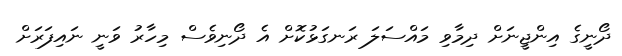
ދޯނީގެ އިންޖީނަށް ދިމާވި މައްސަލަ ރަނގަޅުކޮށް އެ ދޯނިވެސް މިހާރު ވަނީ ނައިފަރަށް